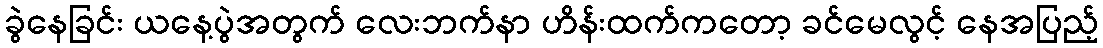
ခွဲနေခြင်း ယနေ့ပွဲအတွက် လေးဘက်နာ ဟိန်းထက်ကတော့ ခင်မေလွင့် နေအပြည့်